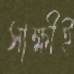
সাক্ষীই